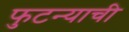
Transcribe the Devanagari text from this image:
फुटन्याची